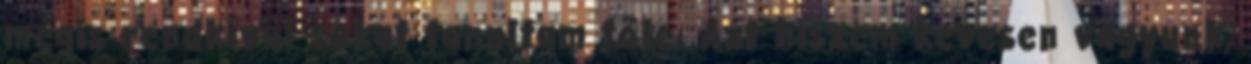
mégis rendkívül sokat tanultam tőle. Azt hiszem kevesen vagyunk,